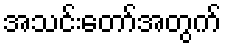
အသင်းတော်အတွက်